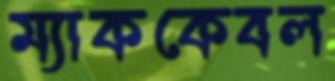
ম্যাককেবল